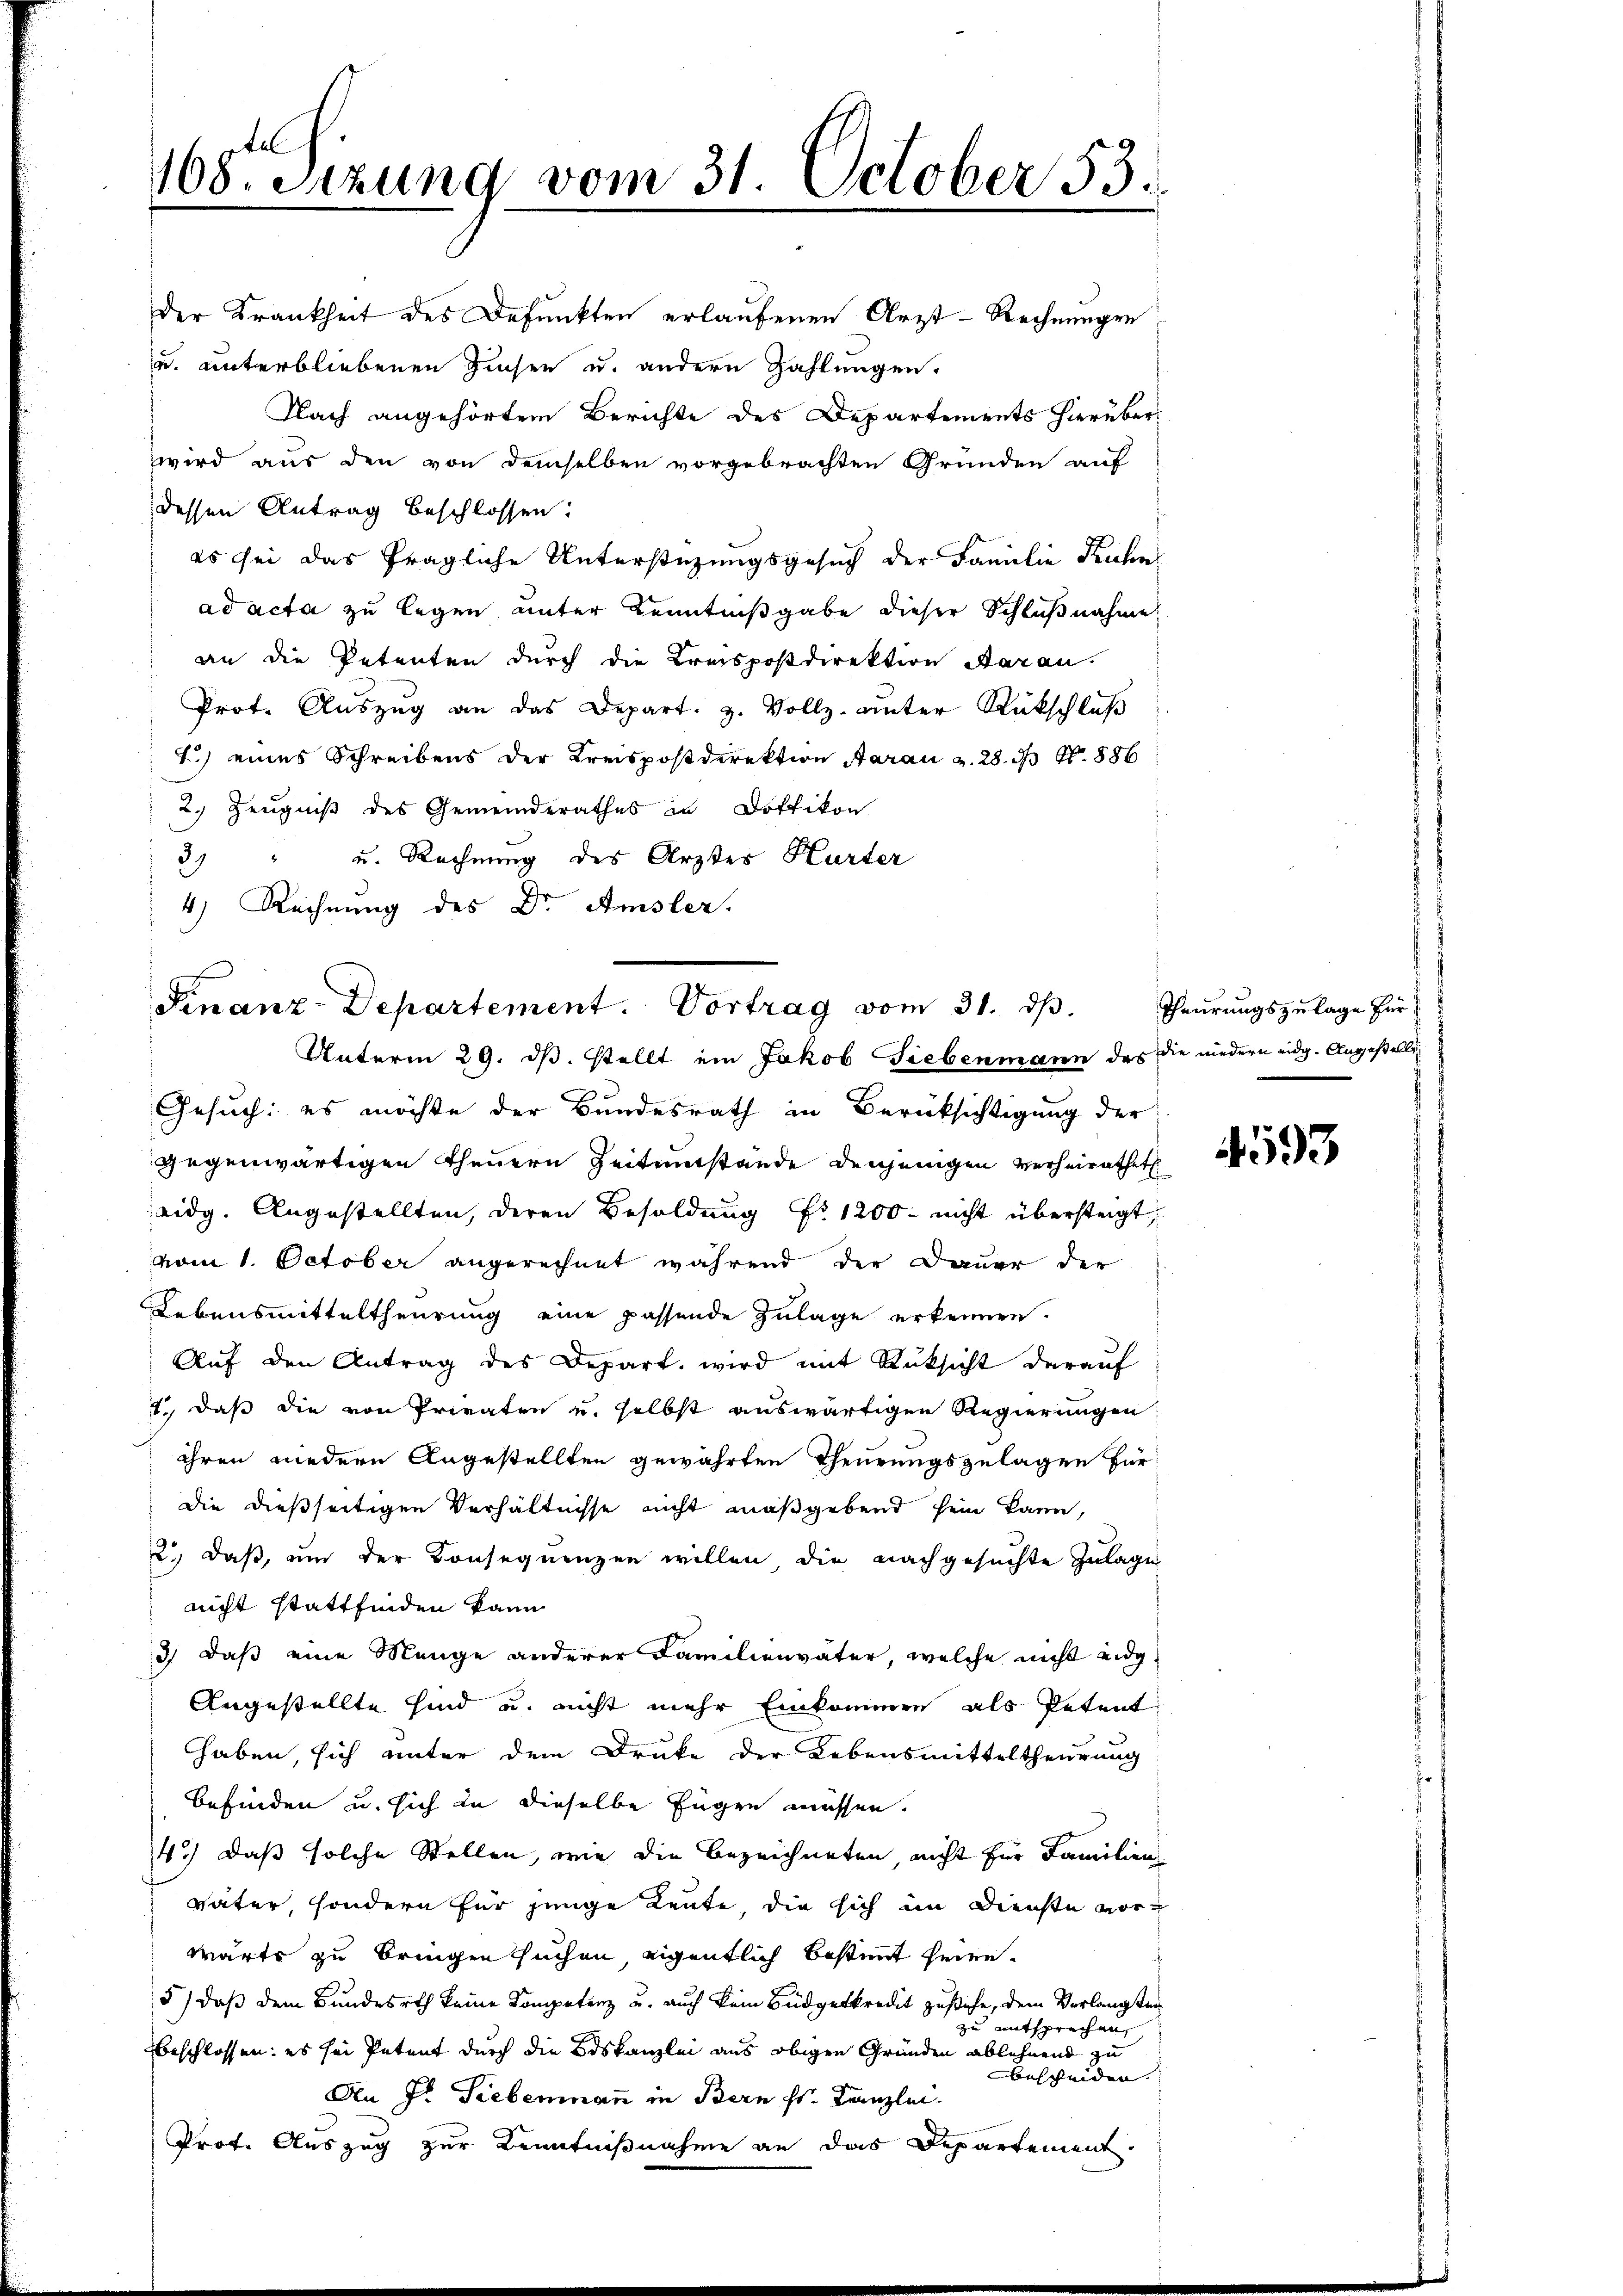
tel
168. Setzung vom 31. October 53.

Finanz-Departement. Vortrag vom 31. ds.
Unterm 29. dβ. stellt ein Jakob Siebenmann das die wiedern eidg. Angestellig

der Krankheit des Defunkten erlaufenen Arzt-Rechnungen
u. unterbliebenen Zinsen u. andern Zahlungen.
Nach angehörtem Berichte des Departements hierüberwird aus den von demselben vorgebrachten Gründen auf
dessen Antrag beschlossen:
es sei das fragliche Unterstüzungsgesuch der Familie Kuhn
ad acta zu legen unter Kenntnißgabe dieser Schlußnahme
an die Petenten durch die Kreispostdirektion daran.
Prot. Aŭszŭg an das Depart. 3. Vollz-Unter Rückschlŭβ
1.) eines Schreibens der Kreispostdirektion Aarau u. 28. d. 1886
2. Zeugniß des Gemeinderathes in Dottikon
39
u. Rechnung des Ärzter Hurter
4) Rechnung des Dr. Amsler.

Gesuch: es möchte der Bundesrath in Berücksichtigung der
gegenwärtigen theuern Zeitumstände denjenigen verheirathet
eidg. Angestellten, deren Besoldung Nr 1200 nicht übersteigt
vom 1. October angerechnet während die Dauer der
Lebensmitteltheurung eine passende Zulage erkennen.
Auf den Antrag des Depart, wird mit Rüksicht darauf
1., daß die von Privaten u. selbst auswärtigen Regierungen
ihren wiedern Angestellten gewährten Theurungszulagen für
die dießseitigen Verhältnisse nicht maßgebend sein kann,
2., daß, um der Konsequenzen willen die nachgesuchte Zulage
nicht stattfinden kann
d) daß eine Menge anderer Familienväter, welche nicht eidg
Angestellte sind u. nicht mehr Einkommen als Petent
haben, sich unter dem Druke der Lebensmitteltheurung
Befinden u. sich in dieselbe Eugen müssen.
4.) Daß solche Stellen, wie die Bezeichneten nicht für Familien-
väter, sondern für junge Leute, die sich im Dienste vorwärts zu bringen suchen, eigentlich bestimmt heire.
5) daß dem Bundesrath keine Kompetenz u. auch kein Büdgetkredit zustehe, dem Verlangten
zu entsprechen,
beschlossen: es sei Petent durch die Bdskanzlei aus obigen Gründen ablehnend zu
bescheiden.
An Fr. Siebenmann in Bern Hs. Canzlei.
Prof. Auszug zur Kenntnißnahme an das Departement.

Theurungszulage für

4593